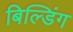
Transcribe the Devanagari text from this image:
बिल्‍डिंग